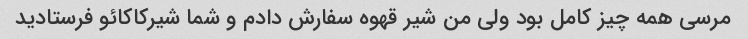
مرسی همه چیز کامل بود ولی من شیر قهوه سفارش دادم و شما شیرکاکائو فرستادید